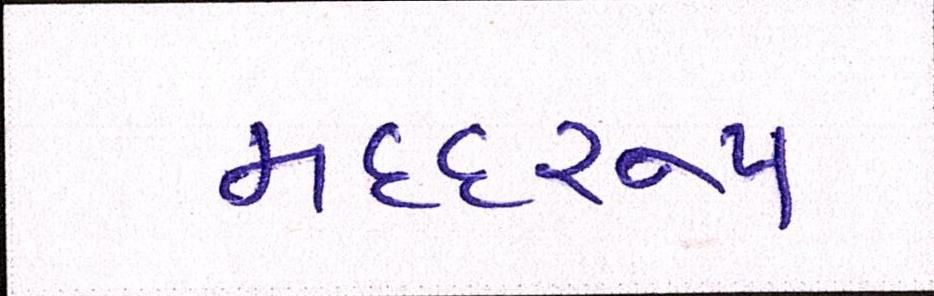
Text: મદદરુપ